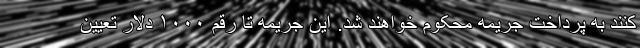
کنند به پرداخت جریمه محکوم خواهند شد. این جریمه تا رقم ۱۰۰۰ دلار تعیین